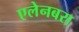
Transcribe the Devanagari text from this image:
एलेनबरा